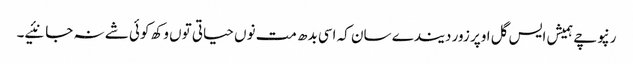
رنپوچے ہمیش ایس گل اوپر زور دیندے سان کہ اسی بدھ مت نوں حیاتی توں وکھ کوئی شے نہ جانئیے۔